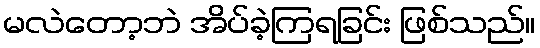
မလဲတော့ဘဲ အိပ်ခဲ့ကြရခြင်း ဖြစ်သည်။